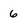
Character: 6